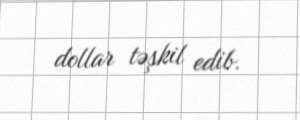
dollar təşkil edib.